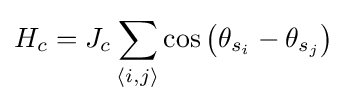
H_{c}=J_{c}\sum _{\langle i,j\rangle }\cos \left(\theta _{s_{i}}-\theta _{s_{j}}\right)